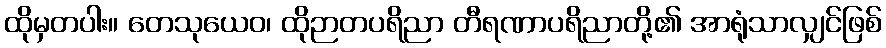
ထိုမှတပါး။ တေသုယေဝ၊ ထိုဉာတပရိညာ တီရဏာပရိညာတို့၏ အာရုံသာလျှင်ဖြစ်